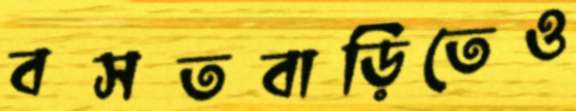
বসতবাড়িতেও